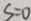
S = 0